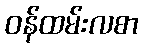
ဝန်ထမ်းလစာ